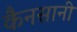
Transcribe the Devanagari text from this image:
कैनसानी